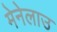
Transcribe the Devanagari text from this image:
मेनेलाउ